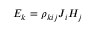
E _ { k } = \rho _ { k i j } J _ { i } H _ { j }